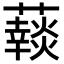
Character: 𧂞